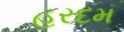
હરદમ